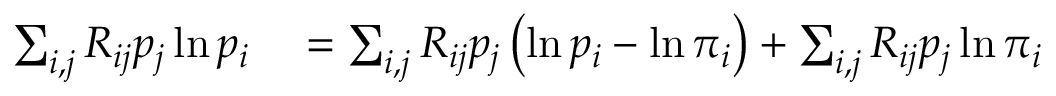
\begin{array} { r l } { \sum _ { i , j } R _ { i j } p _ { j } \ln p _ { i } } & { { } = \sum _ { i , j } R _ { i j } p _ { j } \left( \ln p _ { i } - \ln \pi _ { i } \right) + \sum _ { i , j } R _ { i j } p _ { j } \ln \pi _ { i } } \end{array}